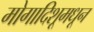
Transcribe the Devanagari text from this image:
मोगादिशूमधून